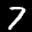
Label: 7